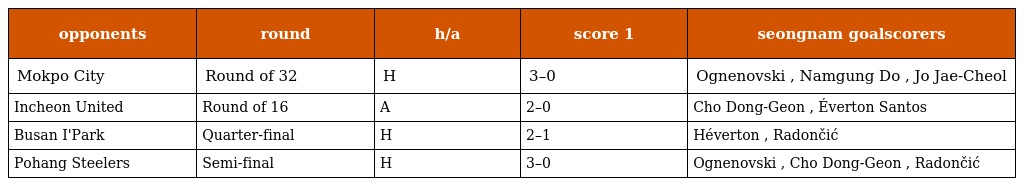
| opponents | round | h/a | score 1 | seongnam goalscorers |
 | --- | --- | --- | --- | --- |
 | Mokpo City | Round of 32 | H | 3–0 | Ognenovski , Namgung Do , Jo Jae-Cheol |
 | Incheon United | Round of 16 | A | 2–0 | Cho Dong-Geon , Éverton Santos |
 | Busan I'Park | Quarter-final | H | 2–1 | Héverton , Radončić |
 | Pohang Steelers | Semi-final | H | 3–0 | Ognenovski , Cho Dong-Geon , Radončić |